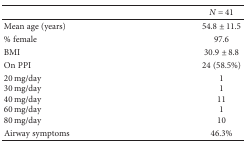
<table><thead><tr><td></td><td><b><i>N</i> = 41</b></td></tr></thead><tbody><tr><td>Mean age (years)</td><td>54.8 ± 11.5</td></tr><tr><td>% female</td><td>97.6</td></tr><tr><td>BMI</td><td>30.9 ± 8.8</td></tr><tr><td>On PPI</td><td>24 (58.5%)</td></tr><tr><td>20 mg/day30 mg/day40 mg/day60 mg/day80 mg/day</td><td>1111110</td></tr><tr><td>Airway symptoms</td><td>46.3%</td></tr></tbody></table>